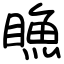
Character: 䁩